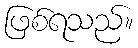
ဖြစ်ရသည်။